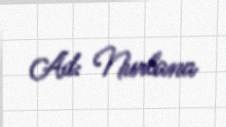
Ad: Nurlana